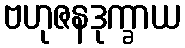
ဗဟုဇနဒုက္ခာယ